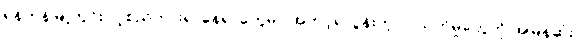
ရန်ကုန်မြို့တွင်း လူစည်ကားရာနေရာတွေမှာ အတင့်ရဲလွန်းတဲ့ လုယက်မှုတွေကို အမြန်ဆုံး